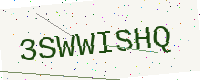
Text: 3SWWISHQ